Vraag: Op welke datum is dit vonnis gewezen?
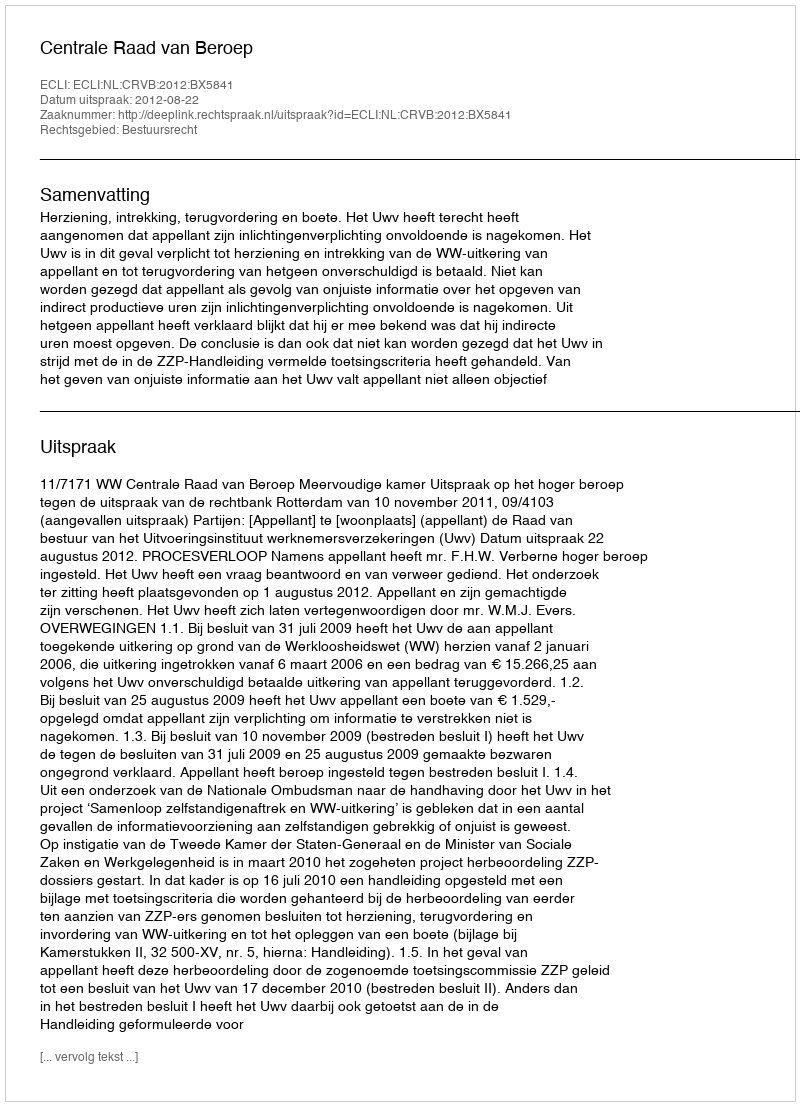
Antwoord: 2012-08-22